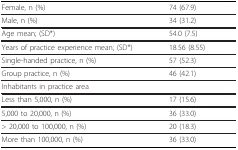
<table><thead><tr><td><b>Female, n (%)</b></td><td><b>74 (67.9)</b></td></tr></thead><tbody><tr><td>Male, n (%)</td><td>34 (31.2)</td></tr><tr><td>Age mean; (SD*)</td><td>54.0 (7.5)</td></tr><tr><td>Years of practice experience mean; (SD*)</td><td>18.56 (8.55)</td></tr><tr><td>Single-handed practice, n (%)</td><td>57 (52.3)</td></tr><tr><td>Group practice, n (%)</td><td>46 (42.1)</td></tr><tr><td colspan="2">Inhabitants in practice area</td></tr><tr><td>Less than 5,000, n (%)</td><td>17 (15.6)</td></tr><tr><td>5,000 to 20,000, n (%)</td><td>36 (33.0)</td></tr><tr><td>&gt; 20,000 to 100,000, n (%)</td><td>20 (18.3)</td></tr><tr><td>More than 100,000, n (%)</td><td>36 (33.0)</td></tr></tbody></table>